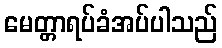
မေတ္တာရပ်ခံအပ်ပါသည်